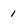
Character: i